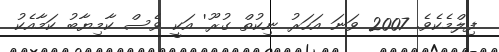
ފިލްމެކެވެ. 2007 ވަނަ އަހަރު ނިކުތް ގުރޫ' އަކީ ވެސް ކާމިޔާބު ކަމާއެކު